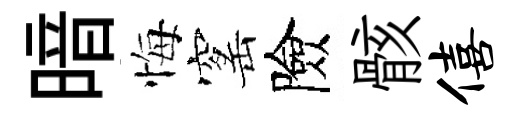
暗悔窰險骸僖